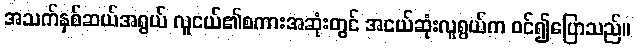
အသက်နှစ်ဆယ်အရွယ် လူငယ်၏စကားအဆုံးတွင် အငယ်ဆုံးလူရွယ်က ဝင်၍ပြောသည်။